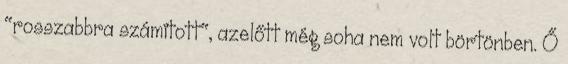
"rosszabbra számított", azelőtt még soha nem volt börtönben. Ő